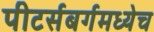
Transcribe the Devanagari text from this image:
पीटर्सबर्गमध्येच